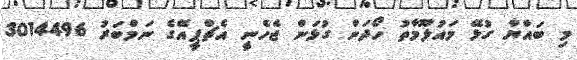
މި ބައްޔާ ގުޅޭ މައުލޫމާތު ހޯދަން ގުޅަން ޖެހެނީ އެޗްޕީއޭގެ ނަމްބަރު 3014496